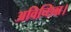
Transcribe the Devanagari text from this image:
अविच्छिन्न।